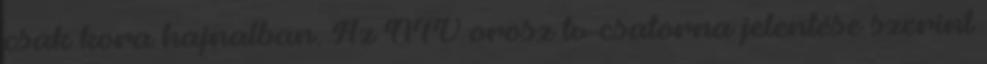
csak kora hajnalban. Az NTV orosz tv-csatorna jelentése szerint